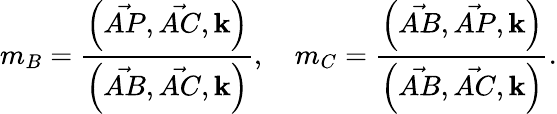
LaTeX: m_{B}={\frac{{\Bigl(}{\vec{AP}},{\vec{AC}},\mathbf{k}{\Bigr)}}{{\Bigl(}{\vec{AB}},{\vec{AC}},\mathbf{k}{\Bigr)}}},\quad m_{C}={\frac{{\Bigl(}{\vec{AB}},{\vec{AP}},\mathbf{k}{\Bigr)}}{{\Bigl(}{\vec{AB}},{\vec{AC}},\mathbf{k}{\Bigr)}}}.